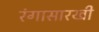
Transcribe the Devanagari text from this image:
रंगासारखी